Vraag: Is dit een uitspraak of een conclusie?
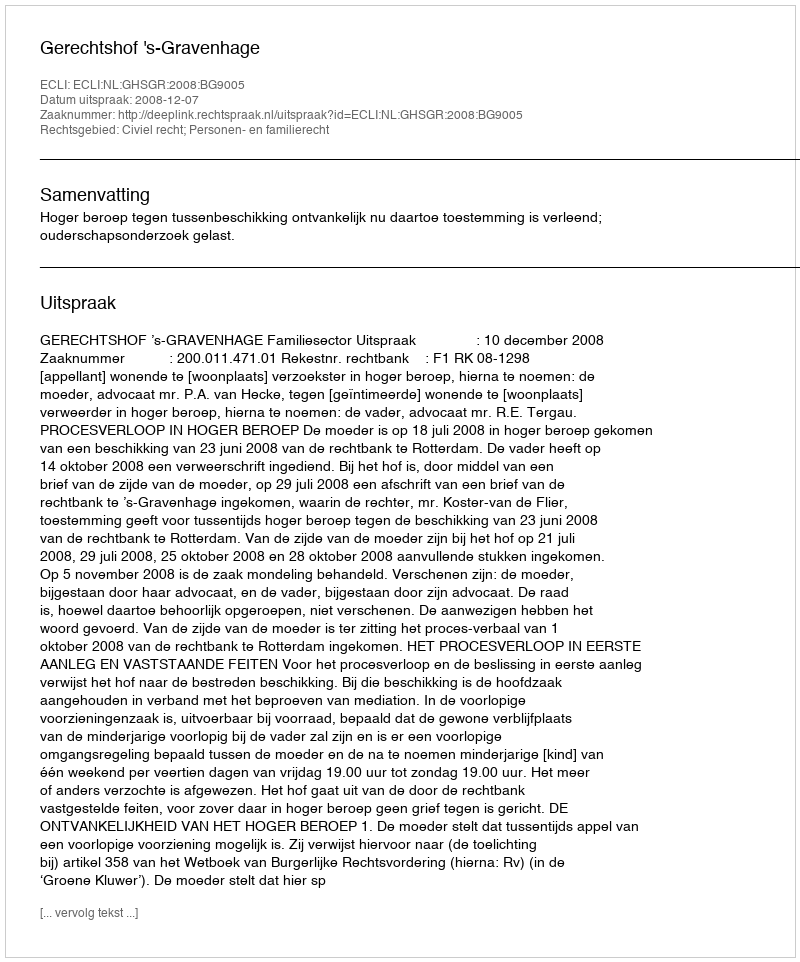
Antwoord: Uitspraak